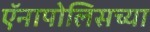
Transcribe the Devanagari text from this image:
ऍनापोलिसच्या